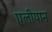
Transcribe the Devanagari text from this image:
एलीयान